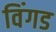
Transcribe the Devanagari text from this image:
विंगड